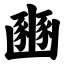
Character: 豳